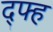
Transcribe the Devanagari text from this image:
द्फ्ह